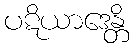
ပဋိယာဒေန္တိ